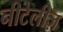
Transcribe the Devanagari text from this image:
नीटेलीज़